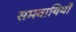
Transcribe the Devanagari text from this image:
समवायियों